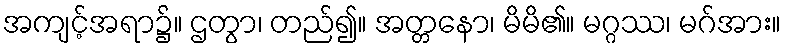
အကျင့်အရာ၌။ ဌတွာ၊ တည်၍။ အတ္တနော၊ မိမိ၏။ မဂ္ဂဿ၊ မဂ်အား။